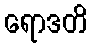
ရောဒတိ